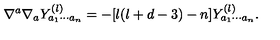
\nabla ^ { a } \nabla _ { a } Y _ { a _ { 1 } \cdots a _ { n } } ^ { ( l ) } = - [ l ( l + d - 3 ) - n ] Y _ { a _ { 1 } \cdots a _ { n } } ^ { ( l ) } .